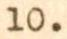
10.